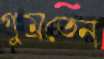
গুম্‌রতেন